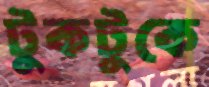
টুকটুকে